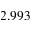
2 . 9 9 3